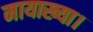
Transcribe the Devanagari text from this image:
मायाख्या।